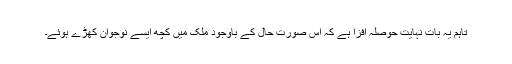
تاہم یہ بات نہایت حوصلہ افزا ہے کہ اس صورت حال کے باوجود ملک میں کچھ ایسے نوجوان کھڑے ہوئے۔